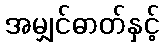
အမျှင်ဓာတ်နှင့်